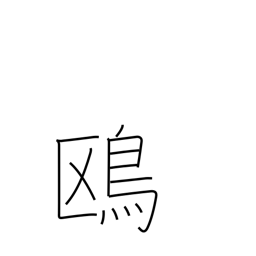
Meaning: seagull